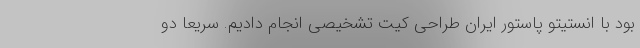
بود با انستیتو پاستور ایران طراحی کیت تشخیصی انجام دادیم. سریعاً دو